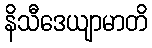
နိသီဒေယျာမာတိ